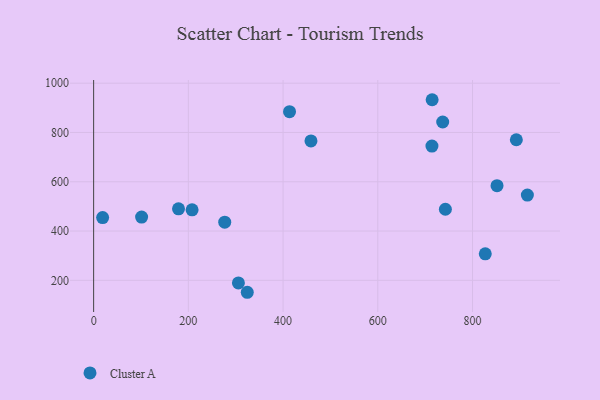
{"axis": {"x": "Ad Spend", "y": "Profit"}, "legend": ["Cluster A"], "data": [{"x": "714.3", "y": 745.0, "type": "Cluster A"}, {"x": "737.0", "y": 842.6, "type": "Cluster A"}, {"x": "851.7", "y": 583.9, "type": "Cluster A"}, {"x": "324.4", "y": 151.5, "type": "Cluster A"}, {"x": "413.6", "y": 884.3, "type": "Cluster A"}, {"x": "276.8", "y": 435.8, "type": "Cluster A"}, {"x": "826.9", "y": 307.6, "type": "Cluster A"}, {"x": "207.9", "y": 485.9, "type": "Cluster A"}, {"x": "179.2", "y": 490.3, "type": "Cluster A"}, {"x": "101.3", "y": 456.7, "type": "Cluster A"}, {"x": "19.0", "y": 454.6, "type": "Cluster A"}, {"x": "714.7", "y": 932.9, "type": "Cluster A"}, {"x": "305.7", "y": 189.4, "type": "Cluster A"}, {"x": "742.7", "y": 488.5, "type": "Cluster A"}, {"x": "915.8", "y": 545.9, "type": "Cluster A"}, {"x": "892.5", "y": 770.4, "type": "Cluster A"}, {"x": "458.9", "y": 765.6, "type": "Cluster A"}]}